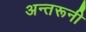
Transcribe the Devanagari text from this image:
अन्तरूनी